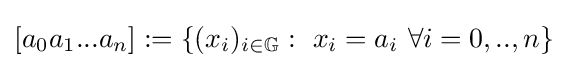
[a_{0}a_{1}...a_{n}]:=\{(x_{i})_{i\in \mathbb {G} }:\ x_{i}=a_{i}\ \forall i=0,..,n\}